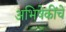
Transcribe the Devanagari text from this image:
अभिषेकींचे